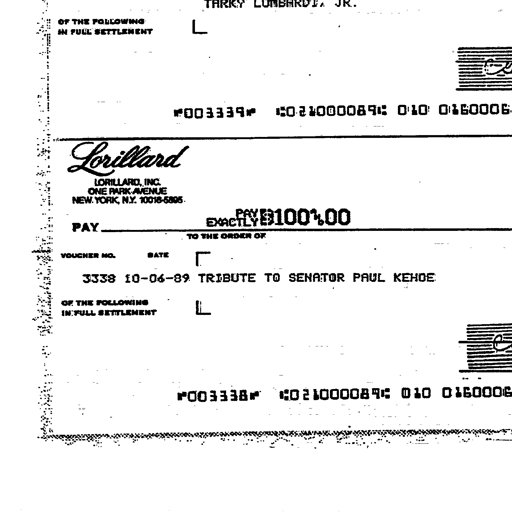
TARRY LOMBARDI, JR.
OF THE FOLLOWING
IN FULL SETTLEMENT

"003339" 1:0210000891: 010 0160006

Lorillard
LORILLARD, INC.
ONE PARK AVENUE
NEW YORK, N.Y. 10016-5895

PAY EXACTLY $100.00

PAY TO THE ORDER OF
VOUCHER NO. DATE
3338 10-06-89 TRIBUTE TO SENATOR PAUL KEHOE

OF THE FOLLOWING
IN FULL SETTLEMENT

"003338" 1:0210000891: 010 0160006